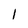
Character: l